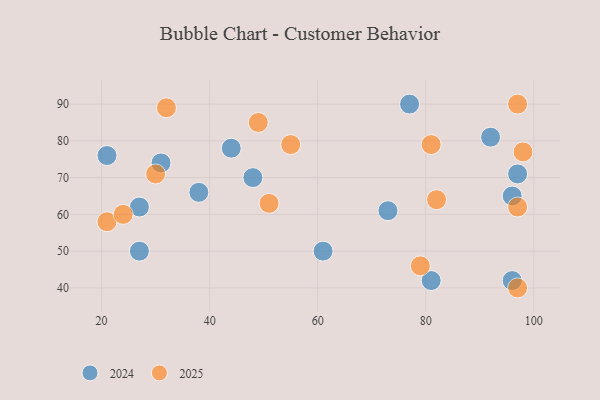
{"axis": {"x": "GDP", "y": "Life Expectancy"}, "legend": ["2024", "2025"], "data": [{"x": "38", "y": 66, "type": "2024"}, {"x": "48", "y": 70, "type": "2024"}, {"x": "44", "y": 78, "type": "2024"}, {"x": "61", "y": 50, "type": "2024"}, {"x": "96", "y": 65, "type": "2024"}, {"x": "92", "y": 81, "type": "2024"}, {"x": "96", "y": 42, "type": "2024"}, {"x": "97", "y": 71, "type": "2024"}, {"x": "73", "y": 61, "type": "2024"}, {"x": "27", "y": 50, "type": "2024"}, {"x": "27", "y": 62, "type": "2024"}, {"x": "77", "y": 90, "type": "2024"}, {"x": "81", "y": 42, "type": "2024"}, {"x": "31", "y": 74, "type": "2024"}, {"x": "21", "y": 76, "type": "2024"}, {"x": "79", "y": 46, "type": "2025"}, {"x": "82", "y": 64, "type": "2025"}, {"x": "81", "y": 79, "type": "2025"}, {"x": "30", "y": 71, "type": "2025"}, {"x": "21", "y": 58, "type": "2025"}, {"x": "97", "y": 40, "type": "2025"}, {"x": "55", "y": 79, "type": "2025"}, {"x": "98", "y": 77, "type": "2025"}, {"x": "51", "y": 63, "type": "2025"}, {"x": "97", "y": 90, "type": "2025"}, {"x": "24", "y": 60, "type": "2025"}, {"x": "49", "y": 85, "type": "2025"}, {"x": "97", "y": 62, "type": "2025"}, {"x": "32", "y": 89, "type": "2025"}]}